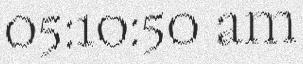
05:10:50 am